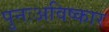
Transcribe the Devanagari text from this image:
पुनःअविष्कार